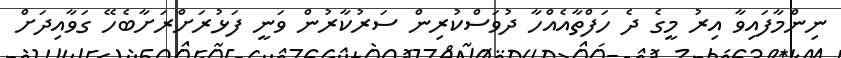
ނިންމާފައިވާ އިރު މީގެ ދެ ހަފްތާއެއްހާ ދުވަސްކުރިން ސަރުކާރުން ވަނީ ފަޅުރަށްރަށާބެހޭ ގަވާއިދަށް